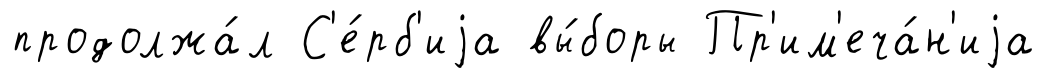
продолжа́л С'е́рб'иjа вы́боры Пр'им'еча́н'иjа